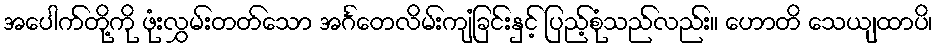
အပေါက်တို့ကို ဖုံးလွှမ်းတတ်သော အင်္ဂတေလိမ်းကျံခြင်းနှင့် ပြည့်စုံသည်လည်း။ ဟောတိ သေယျထာပိ၊